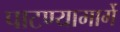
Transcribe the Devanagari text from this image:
पाटण्यामार्गे